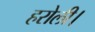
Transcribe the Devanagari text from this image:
हरोली।